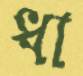
ধা